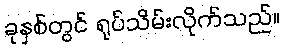
ခုနှစ်တွင် ရုပ်သိမ်းလိုက်သည်။